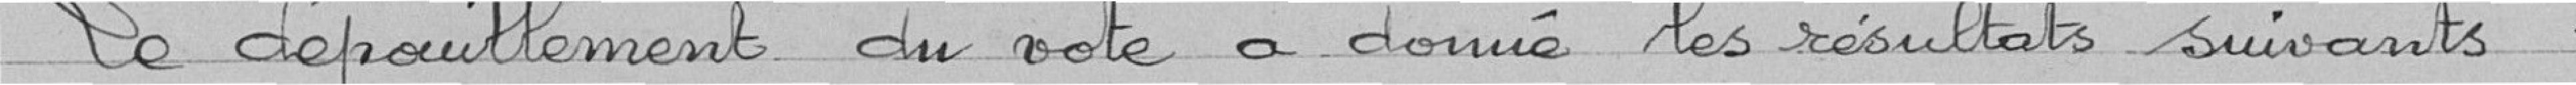
Le dépouillement du vote a donné les résultats suivants :